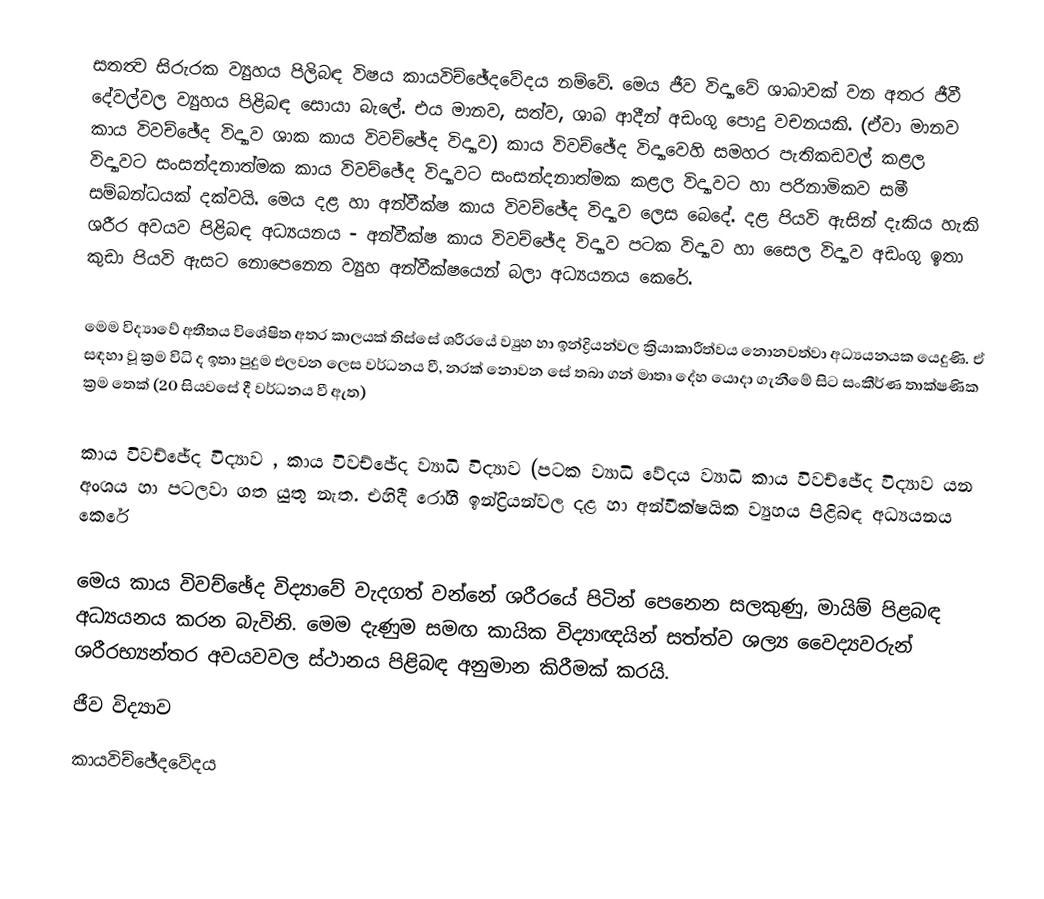
සතත්‍ව සිරුරක ව්‍යුහය පිලිබඳ විෂය කායවිච්ඡේදවේදය නම්වේ. මෙය ජීව විද්‍යාවේ ශාඛාවක් වන අතර ජීවී දේවල්වල ව්‍යුහය පිළිබඳ සොයා බැ‍ලේ. එය මානව, සත්ව, ශාඛ ආදීන් අඩංගු පොදු වචනයකි. (ඒවා මානව කාය විවච්ඡේද විද්‍යාව ශාක කාය විවච්ඡේද විද්‍යාව) කාය විවච්ඡේද විද්‍යාවෙහි සමහර පැතිකඩවල් කළල විද්‍යාවට සංසන්දනාත්මක කාය විවච්ඡේද විද්‍යාවට සංසන්දනාත්මක කළල විද්‍යාවට හා පරිනාමිකව සමී සම්බන්ධයක් දක්වයි. මෙය දළ හා අන්වීක්ෂ කාය විවච්ඡේද විද්‍යාව ලෙස බෙදේ. දළ පියවි ඇසින් දැකිය හැකි ශරීර අවයව පිළිබඳ අධ්‍යයනය - අන්වීක්ෂ කාය විවච්ඡේද විද්‍යාව පටක විද්‍යාව හා සෛල විද්‍යාව අඩංගු ඉතා කුඩා පියවි ඇසට නොපෙනෙන ව්‍යුහ අන්වීක්ෂයෙන් බලා අධ්‍යයනය කෙරේ.

‍මෙම විද්‍යාවේ අතීතය විශේෂිත අතර කාලයක් තිස්සේ ශරීරයේ ව්‍යුහ හා ඉන්ද්‍රියන්වල ක්‍රියාකාරීත්වය නොනවත්වා අධ්‍යයනයක යෙදුණි. ඒ සඳහා වූ ක්‍රම විධි ද ඉතා පුදුම එලවන ලෙස වර්ධනය වී, නරක් නොවන සේ තබා ගන් මාතෘ දේහ යොදා ගැනීමේ සිට සංකීර්ණ තාක්ෂණික ක්‍රම තෙක් (20 සියවසේ දී වර්ධනය වී ඇත)

කාය විවච්ඡේද විද්‍යාව , කාය විවච්ඡේද ව්‍යාධි විද්‍යාව (පටක ව්‍යාධි වේදය ව්‍යාධි කාය විවච්ඡේද විද්‍යාව යන අංශය හා පටලවා ගත යුතු නැත. එහිදී රෝගී ඉන්ද්‍රියන්වල දළ හා අන්වීක්ෂයික ව්‍යුහය පිළිබඳ අධ්‍යයනය කෙරේ

මෙය කාය විවච්ඡේද විද්‍යාවේ වැදගත් වන්නේ ශරීරයේ පිටින් පෙනෙන සලකුණු, මායිම් ‍පිළබඳ අධ්‍යයනය කරන බැවිනි. මෙම දැණුම සමඟ කායික විද්‍යාඥයින් සත්ත්ව ශල්‍ය වෛද්‍යවරුන් ශරීරභ්‍යන්තර අවයවවල ස්ථානය පිළිබඳ අනුමාන කිරීමක් කරයි.
ජීව විද්‍යාව
කායවිච්ඡේදවේදය